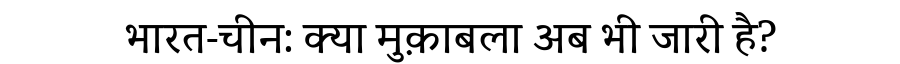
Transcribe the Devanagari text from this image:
भारत-चीन: क्या मुक़ाबला अब भी जारी है?